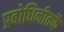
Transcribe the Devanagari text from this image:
प्रबोधिनीतर्फे